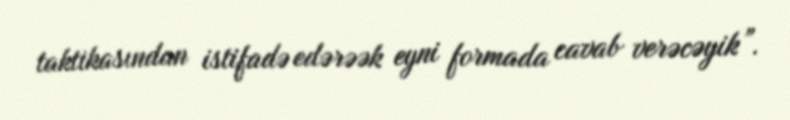
taktikasından istifadə edərəək eyni formada cavab verəcəyik”.